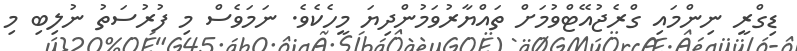
ޑިގްރީ ނިންމައި ގްރެޖުއޭޓްވުމަށް ތައްޔާރުވަމުންދިޔަ މީހެކެވެ. ނަމަވެސް މި ފުރުސަތު ނުލިބި މި